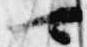
可